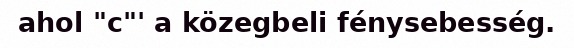
ahol "c"' a közegbeli fénysebesség.